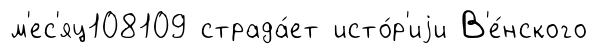
м'ес'яц108109 страда́ет исто́р'иjи В'е́нского